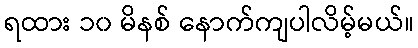
ရထား ၁၀ မိနစ် နောက်ကျပါလိမ့်မယ်။